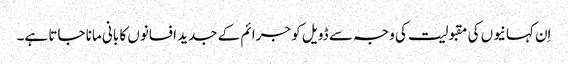
اِن کہانیوں کی مقبولیت کی وجہ سے ڈویل کو جرائم کے جدید افسانوں کا بانی مانا جاتا ہے۔